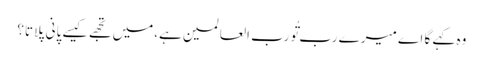
وہ کہے گا اے میرے رب تُو رب العالمین ہے،میں تجھے کیسے پانی پلاتا؟